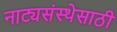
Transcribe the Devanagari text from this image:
नाट्यसंस्थेसाठी